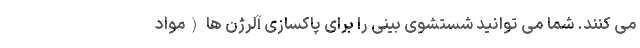
می کنند. شما می توانید شستشوی بینی را برای پاکسازی آلرژن ها (مواد